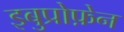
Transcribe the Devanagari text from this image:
इबुप्रोफ़ेन